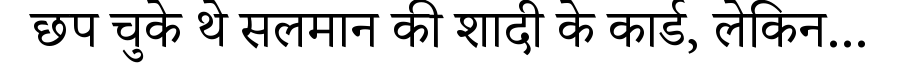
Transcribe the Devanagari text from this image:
छप चुके थे सलमान की शादी के कार्ड, लेकिन...